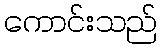
ကောင်းသည်